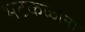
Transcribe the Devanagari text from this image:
भटकळांना